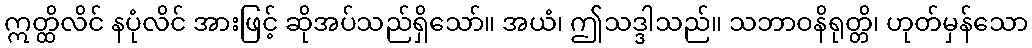
ဣတ္ထိလိင် နပုံလိင် အားဖြင့် ဆိုအပ်သည်ရှိသော်။ အယံ၊ ဤသဒ္ဒါသည်။ သဘာဝနိရုတ္တိ၊ ဟုတ်မှန်သော